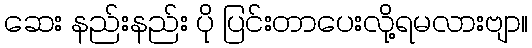
ဆေး နည်းနည်း ပို ပြင်းတာပေးလို့ရမလားဗျာ။